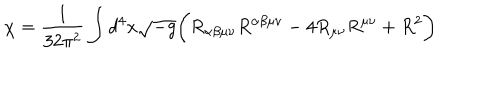
\chi = \frac { 1 } { 3 2 \pi ^ { 2 } } \int d ^ { 4 } x \sqrt { - g } \biggl ( R _ { \alpha \beta \mu \nu } R ^ { \alpha \beta \mu \nu } - 4 R _ { \mu \nu } R ^ { \mu \nu } + R ^ { 2 } \biggr )